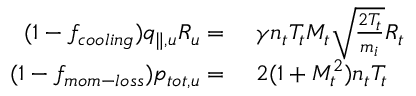
\begin{array} { r l } { ( 1 - f _ { c o o l i n g } ) q _ { \parallel , u } R _ { u } = } & { { } ~ \gamma n _ { t } T _ { t } M _ { t } \sqrt { \frac { 2 T _ { t } } { m _ { i } } } R _ { t } } \\ { ( 1 - f _ { m o m - l o s s } ) p _ { t o t , u } = } & { { } ~ 2 ( 1 + M _ { t } ^ { 2 } ) n _ { t } T _ { t } } \end{array}